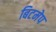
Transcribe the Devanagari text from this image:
बिटमेप